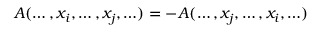
A ( \ldots , x _ { i } , \ldots , x _ { j } , \ldots ) = - A ( \ldots , x _ { j } , \ldots , x _ { i } , \ldots )